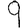
Digit: 9